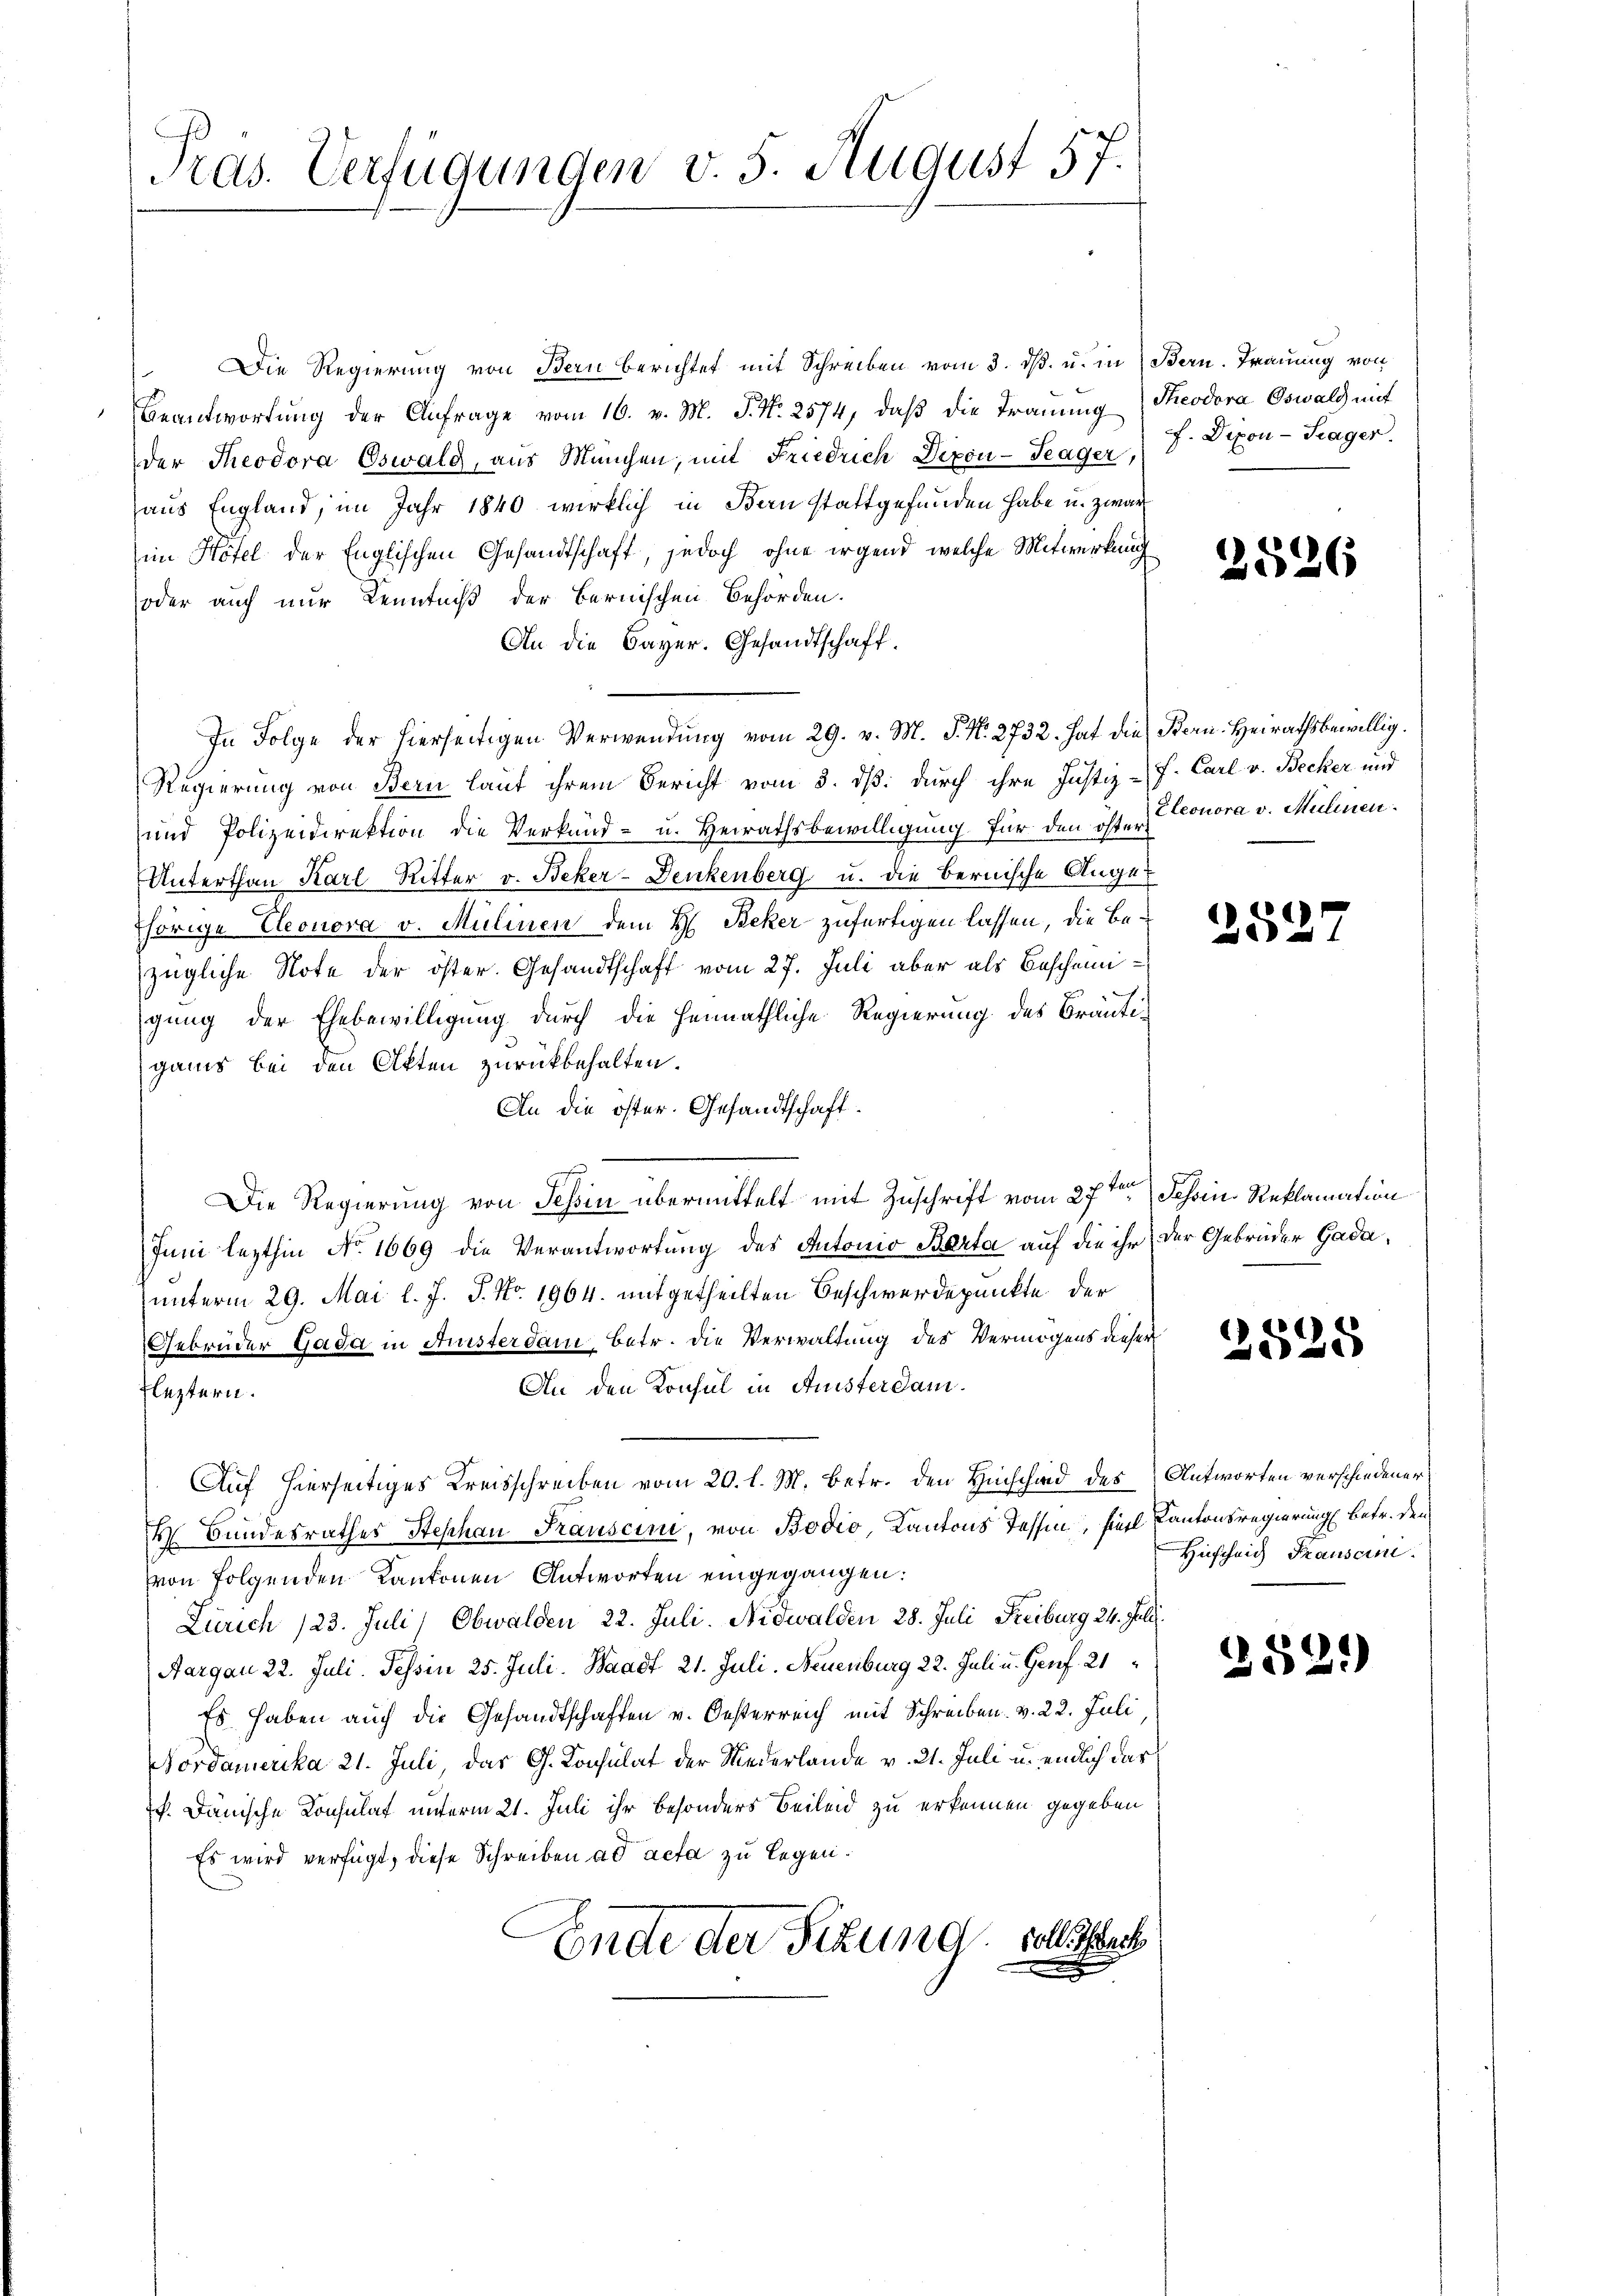
Pras. Verfügungen v. 5. August 57.

Die Regierung von Bern berichtet mit Schreiben vom 3. ds. u. in Bern. Trauung von
Beantwortung der Anfrage vom 16. v. M. J. N. 2574, daβ die Trauung Theodora Oswald mit
der Theodora Oswald, aus München, mit Friedrich Depon-Teager,
aus England, im Jahr 1840 wirklich in Bern stattgefunden habe u. zwar
im Hotel der Englischen Gesandtschaft, jedoch ohne irgend welche Mitwirkung
oder auch nur Kenntniß der Bernischen Behörden.
An die Bayer. Gesandtschaft.
In Folge der hierseitigen Verwendung vom 29. v. M. J. N. 2732. hat die Bern. Heirathsbewillig.
Regierung von Bern lauf ihrem Bericht vom 3. ds. durch ihre Justiz-f. Carl v. Becker und
und Polizeidirektion die Verkund- u. Heirathsbewilligung für den öster Conora v. Mülinen.
Unterthan Karl Ritter v. Beker-Denkenberg u. die Bernische Augen
thörige Eleonora v. Mülinen dem H. Reker zufertigen lassen, die Bezügliche Note der öster. Gesandtschaft vom 27. Juli aber als Bescheinigung der Ehebewilligung durch die Heimathliche Regierung des Bräutigans bei den Akten zurückbehalten.
An die öster. Gesandtschaft.
Die Regierung von Tessin übermittelt mit Zuschrift vom 27ten Tessin. Reklamation
Juni lezthin No. 1669 die Verantwortung des Antonio Berta auf die ihr der Gebrüder Gada,
unterm 29. Mai l. J. J. No. 1964. mitgetheilten Beschwerdepunkte der
Gebrüder Gada in Fristerdam, betr. die Verwaltung des Vermögens dieser
An den Konsul in Ansterdam.
Fleztern.
Auf hierseitiges Kreisschreiben vom 20. l. M. betr. den Hinschaid des Antworten verschiedener
 Bundesrathes Stephan Frauscini, von Bodio, Kantons Tessin hier Kantonsregierung betr. den
von folgenden Kantonen Antworten eingegangen:
Zürich 123. Juli) Obwalden 22. Juli. Nidwalden 28. Juli Freiburg 24. Juli.
Aargau 22. Juli. Tessin 25. Juli. Waadt 21. Juli. Neuenburg 22. Juli u. Genf. 21
Es haben auch die Gesandtschaften v. Oesterreich mit Schreiben. v. 22. Juli,
Nordamerika 21. Juli, das G. Konsulat der Niederlande v. 21. Juli u. endlich das
f. Dänische Konsulat unterm 21. Juli ihr besonders Beileid zu erkennen gegeben
Es wird verfügt, diese Schreiben ad acta zu legen.
Ende der Sitzung soll auch

f. Dipon - Trager.

2526

)
2527

2525

Hischeich Frausan

382.)